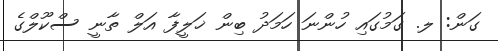
ގަން: ލ. ގަމުގައި ހުންނަ ހަމަދު ބިން ޚަލީފާ އަލް ތާނީ ސްކޫލްގެ